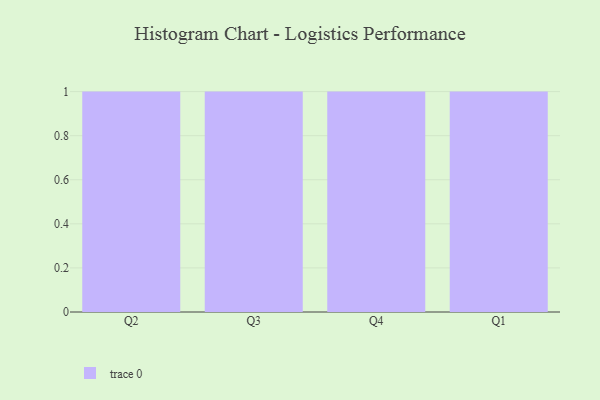
{"axis": {"x": "Quarter", "y": "Bounce Rate (%)"}, "legend": [""], "data": [{"x": "Q2", "y": 46, "type": ""}, {"x": "Q3", "y": 84, "type": ""}, {"x": "Q4", "y": 12, "type": ""}, {"x": "Q1", "y": 94, "type": ""}]}